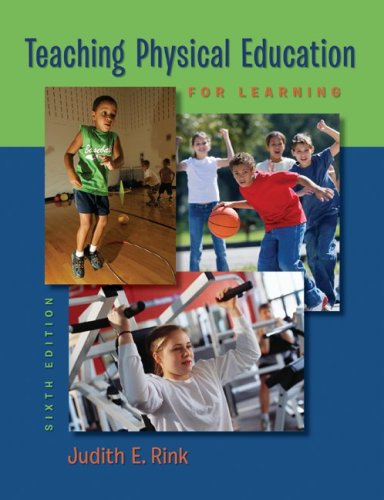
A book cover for Teaching Physical Education for Learning; Judith Rink; Health, Fitness & Dieting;